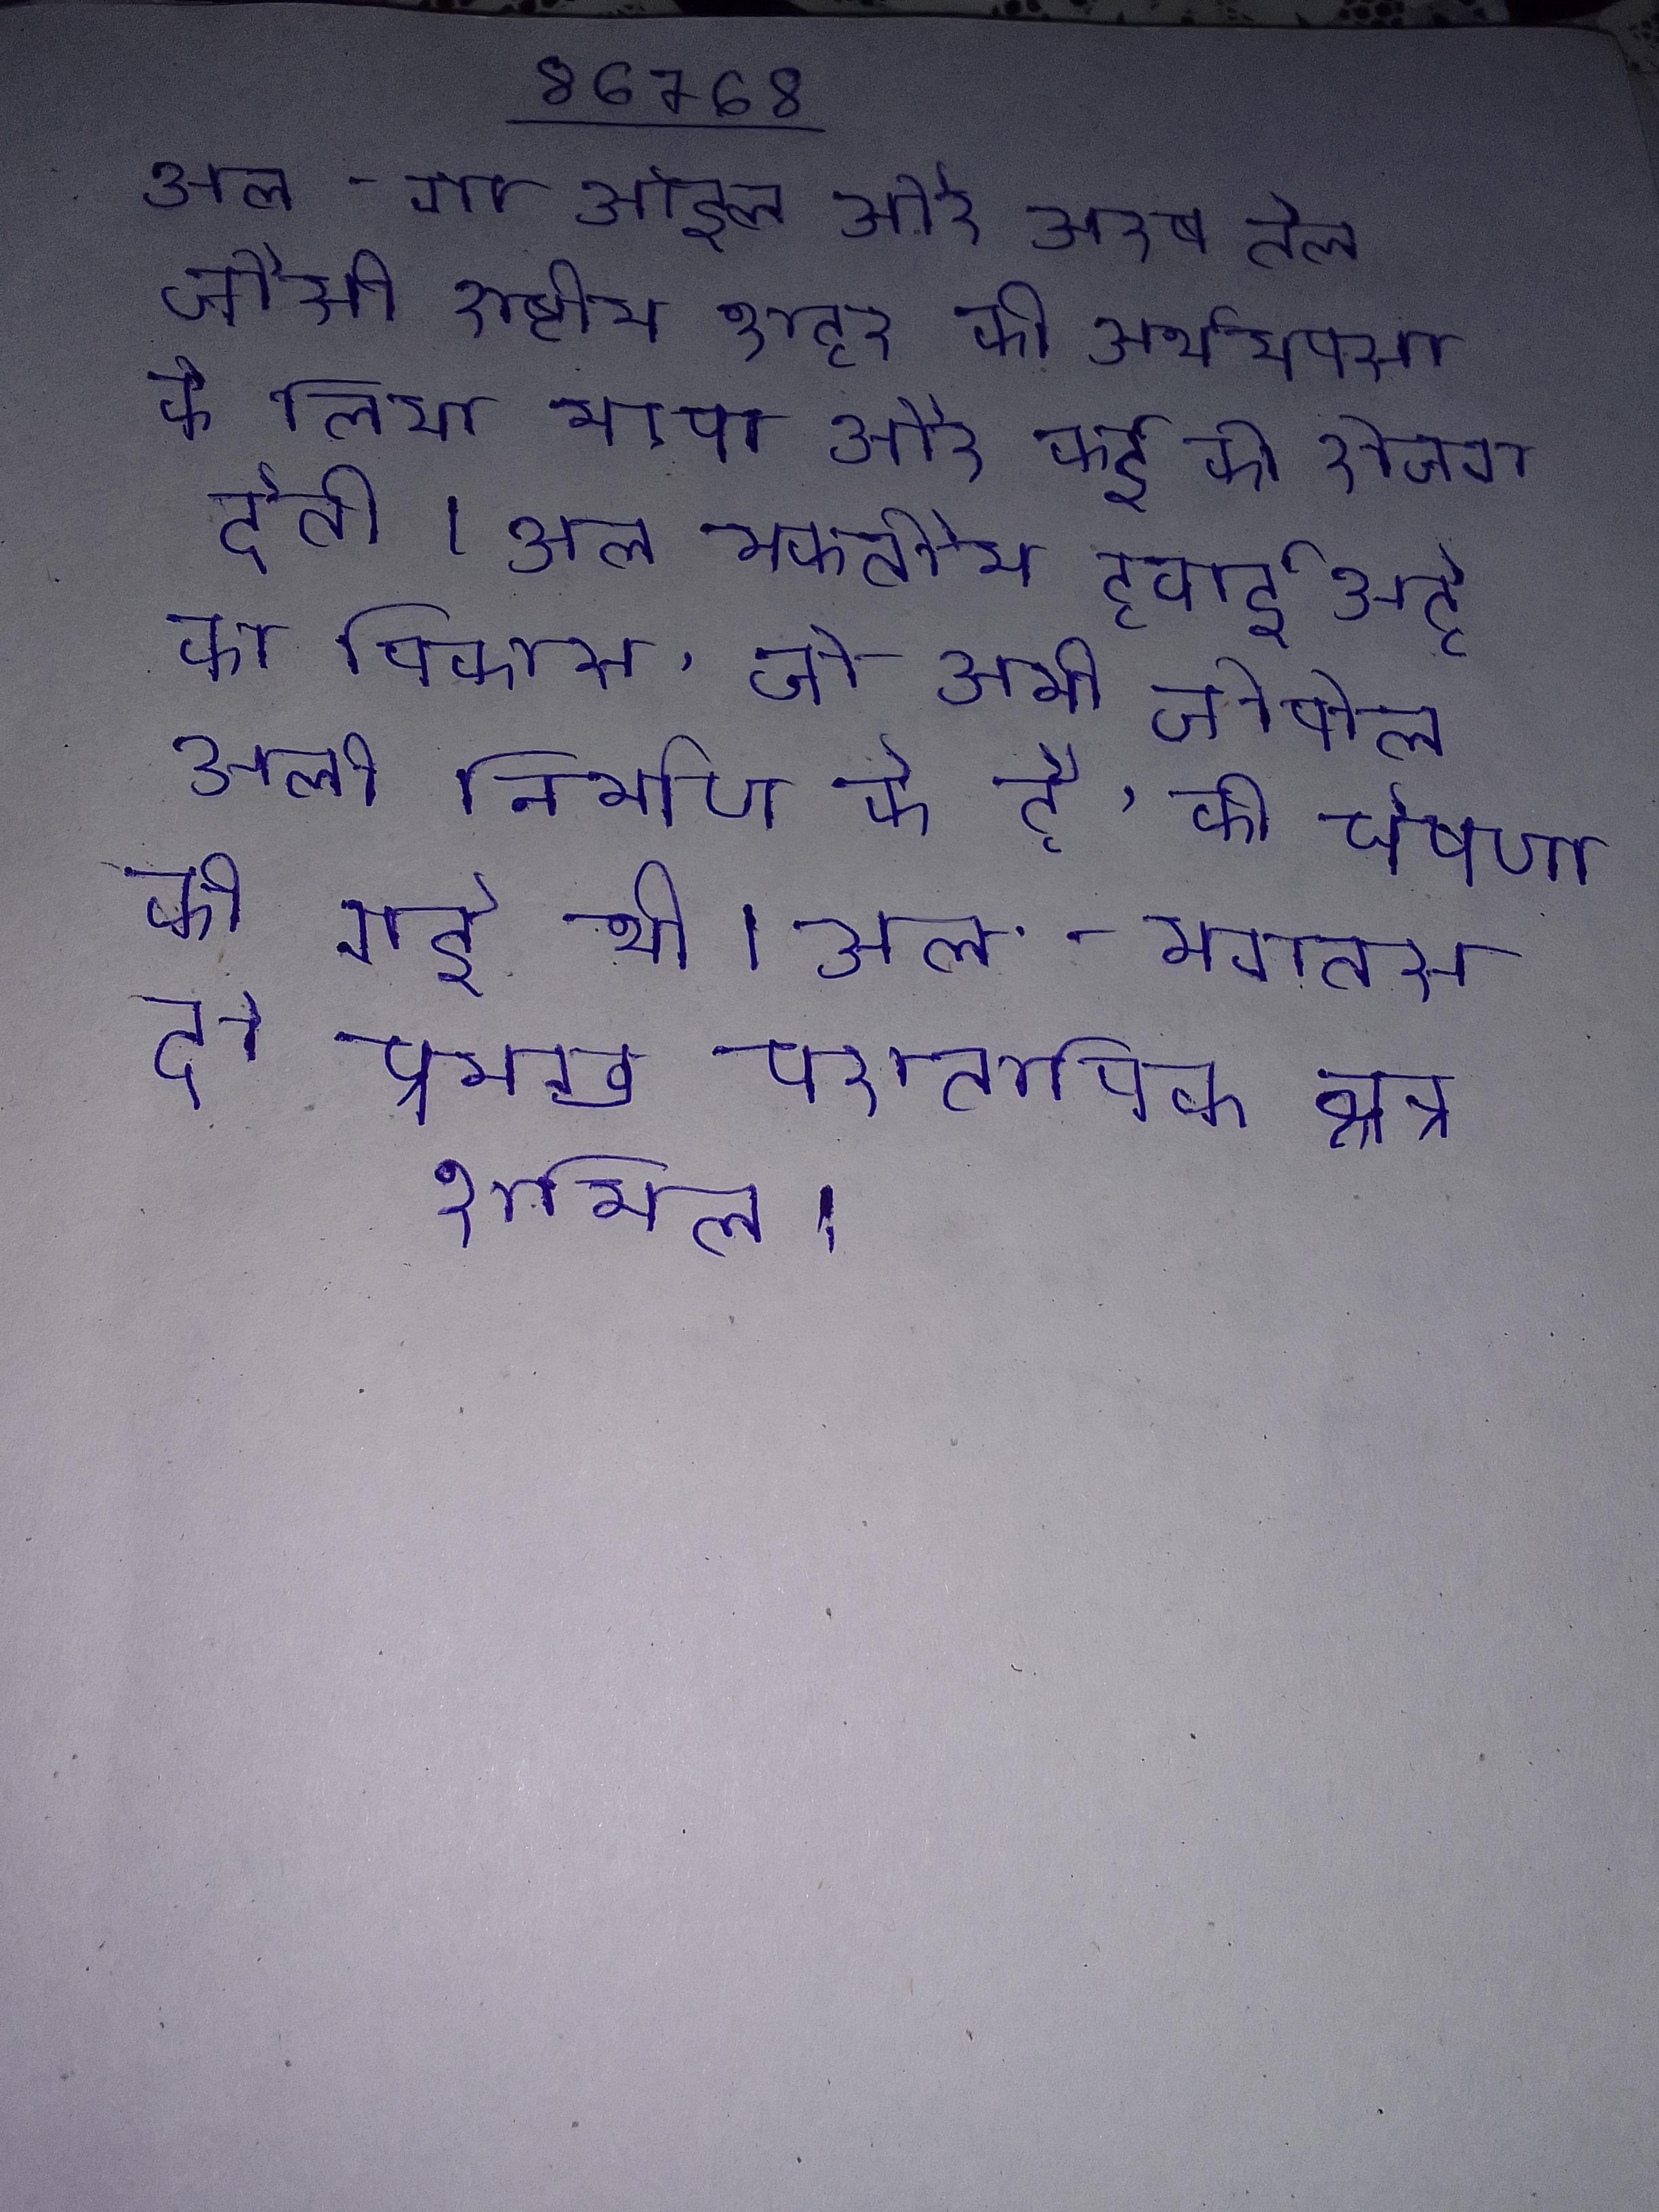
अल-ब्रेगा ऑइल और अरब तेल जैसी राष्ट्रीय शहर की अर्थव्यवस्था के लिए महत्वपूर्ण और कई को रोजगार देती । अल मकतौम हवाई अड्डे का विकास, जो अभी जेबेल अली निर्माण के है, की घोषणा की गई थी । अल-मगतस दो प्रमुख पुरातात्विक क्षेत्र शामिल ।